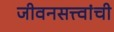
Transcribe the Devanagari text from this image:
जीवनसत्त्वांची